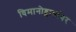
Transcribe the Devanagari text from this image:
विमानोड्डाणांवर